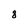
Character: 8